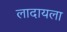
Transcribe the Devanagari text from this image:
लादायला